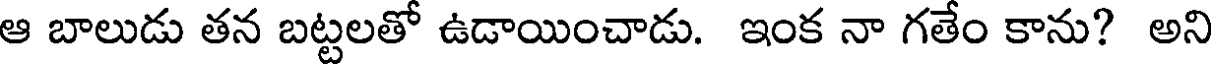
ఆ బాలుడు తన బట్టలతో ఉడాయించాడు. ఇంక నా గతేం కాను? అని